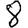
Digit: 8